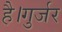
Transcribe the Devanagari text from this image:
है।गुर्जर